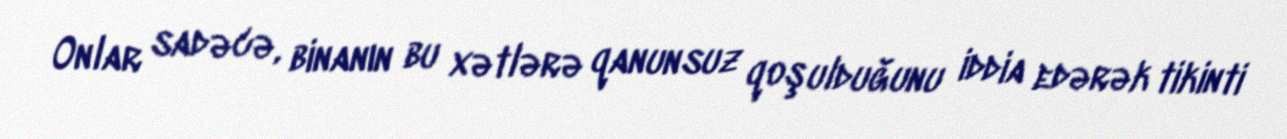
Onlar sadəcə, binanın bu xətlərə qanunsuz qoşulduğunu iddia edərək tikinti